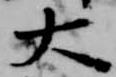
大